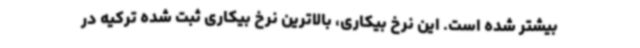
بیشتر شده است. این نرخ بیکاری، بالاترین نرخ بیکاری ثبت شده ترکیه در